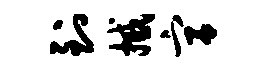
到撼宫